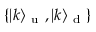
\{ \vert k \rangle _ { \mathrm { ~ u ~ } } , \vert k \rangle _ { \mathrm { ~ d ~ } } \}